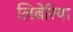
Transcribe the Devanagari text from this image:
लिबेरिया